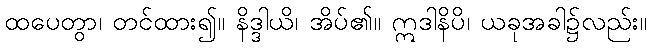
ထပေတွာ၊ တင်ထား၍။ နိဒ္ဒါယိ၊ အိပ်၏။ ဣဒါနိပိ၊ ယခုအခါ၌လည်း။